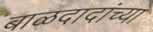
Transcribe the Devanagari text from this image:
बाळदादांच्या